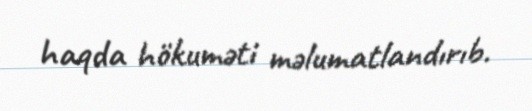
haqda hökuməti məlumatlandırıb.